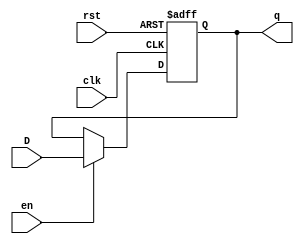
module DFlipFlop (//BOTAR ENABLE, mesmo sinal de entrada ser o de enable 
  input wire D,      // Data input
  input wire clk,
  input wire en,  // Clock input
  input wire rst,    // Reset input
  output reg q       // Output
);

  always @(posedge clk or posedge rst) begin
    if (rst) begin
      q <= 1'b0;      // Reset the flip-flop
    end else  if (en) begin
      q <= D;         // Assign the input to the output on the rising edge of the clock
    end
  end

endmodule